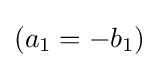
(a_{1}=-b_{1})